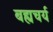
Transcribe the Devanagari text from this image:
बह्यचर्य